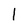
Character: 1